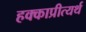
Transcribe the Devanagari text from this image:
हक्काप्रीत्यर्थ